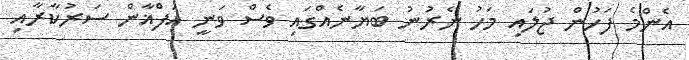
އެންމެ ފަހުން ޖުލައި މަހު ނެރުނު ބަޔާނެއްގައި ވެސް ވަނީ އަފްޣާން ސަރުކާރާއި